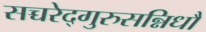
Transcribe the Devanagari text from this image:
सच्चरेद्गुरुसन्निधौ